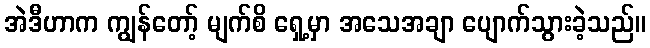
အဲဒီဟာက ကျွန်တော့် မျက်စိ ရှေ့မှာ အသေအချာ ပျောက်သွားခဲ့သည်။